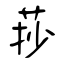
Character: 莏